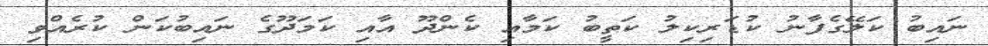
ނައިބު ކަލޭގެފާނު ކުޑަރިކިލު ކަތީބު ކަމާއި ކެންދޫ އާއި ކަމަދޫގެ ނައިބުކަން ކުރެއްވި